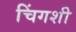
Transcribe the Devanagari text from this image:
चिंगशी